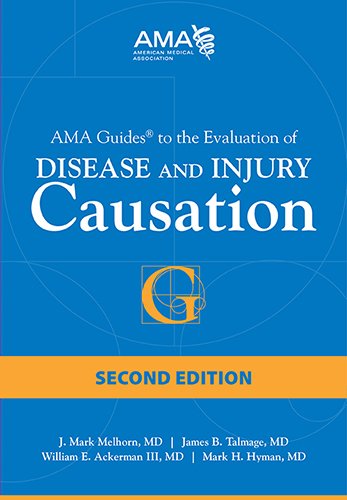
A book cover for AMA Guides to the Evaluation of Disease and Injury Causation; J. Mark, M.D. Melhorn; Medical Books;